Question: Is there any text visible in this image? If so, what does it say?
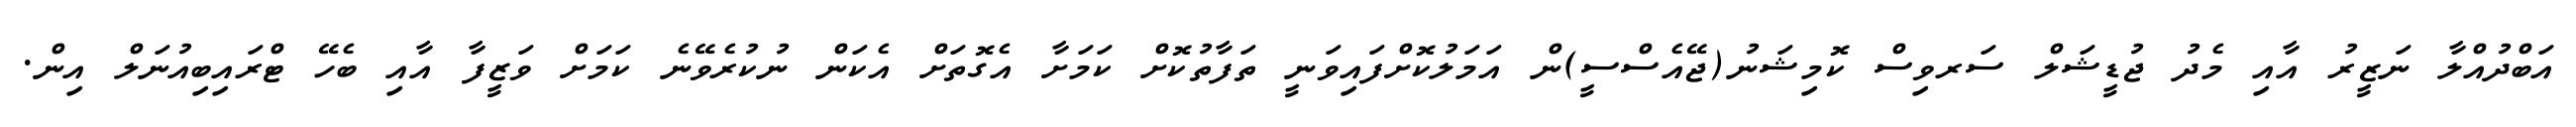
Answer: އަބްދުއްލާ ނަޒީރު އާއި މެދު ޖުޑީޝަލް ސަރވިސް ކޮމިޝަނު(ޖޭއެސްސީ)ން އަމަލުކޮށްފައިވަނީ ތަފާތުކޮށް ކަމަށާ އެގޮތަށް އެކަން ނުކުރެވޭނެ ކަމަށް ވަޒީފާ އާއި ބެހޭ ޓްރައިބިއުނަލް އިން.